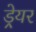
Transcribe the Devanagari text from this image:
ड्रेयर